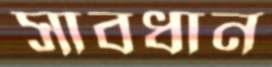
সাবধান